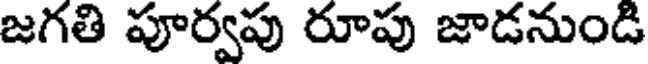
జగతి పూర్వపు రూపు జాడనుండి